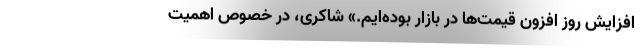
افزایش روز افزون قیمت‌ها در بازار بوده‌ایم.» شاکری، در خصوص اهمیت